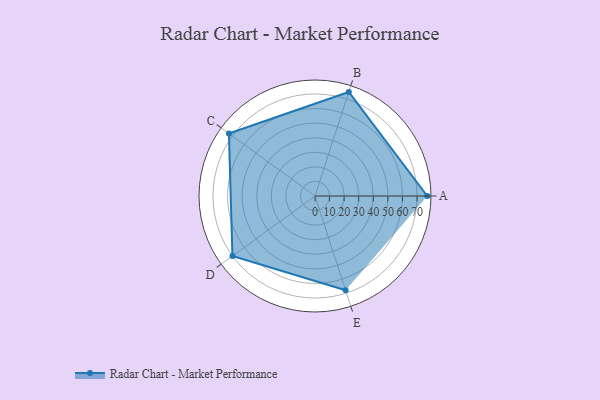
{"axis": {"x": "Skill", "y": "Score"}, "legend": ["Profile"], "data": [{"x": "A", "y": 77.0, "type": "Profile"}, {"x": "B", "y": 75.0, "type": "Profile"}, {"x": "C", "y": 73.0, "type": "Profile"}, {"x": "D", "y": 70.0, "type": "Profile"}, {"x": "E", "y": 68.0, "type": "Profile"}]}